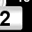
Digit: 2